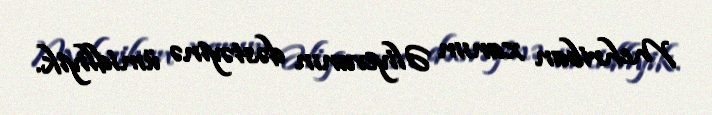
Mehriban xanım Əliyevanın dəstəyinə ümidliyik.